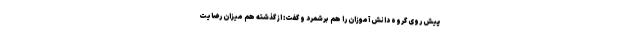
پیش روی گروه دانش آموزان را هم برشمرد و گفت: از گذشته هم میزان رضایت